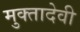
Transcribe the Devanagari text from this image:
मुक्तादेवी